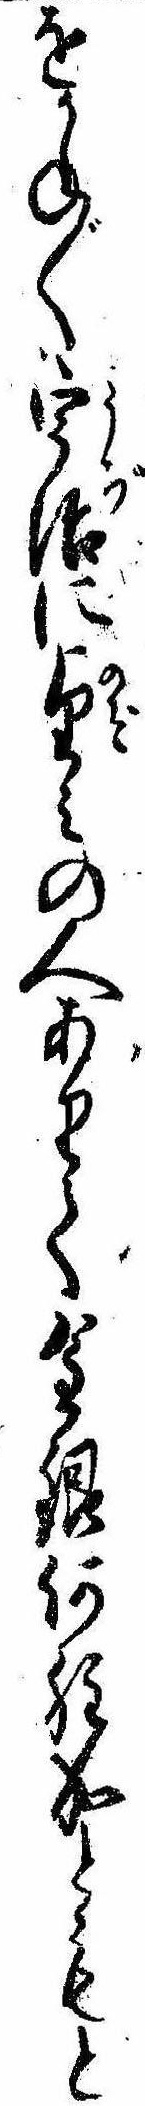
をかね〲宇治に望みの人ありて金銀何程成ともと